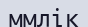
ммлік